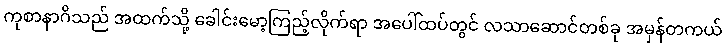
ကုစာနာဂိသည် အထက်သို့ ခေါင်းမော့ကြည့်လိုက်ရာ အပေါ်ထပ်တွင် လသာဆောင်တစ်ခု အမှန်တကယ်